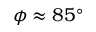
\phi \approx 8 5 ^ { \circ }